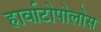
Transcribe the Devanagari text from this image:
हार्वाटोपोलोस